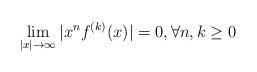
LaTeX: \begin{align*} \lim_{|x|\rightarrow \infty}|x^nf^{(k)}(x)|=0, \forall n,k\geq 0\end{align*}